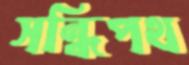
সন্ধিপথ